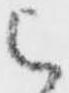
被